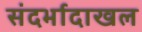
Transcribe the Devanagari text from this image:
संदर्भादाखल